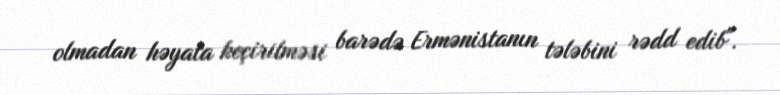
olmadan həyata keçirilməsi barədə Ermənistanın tələbini rədd edib".